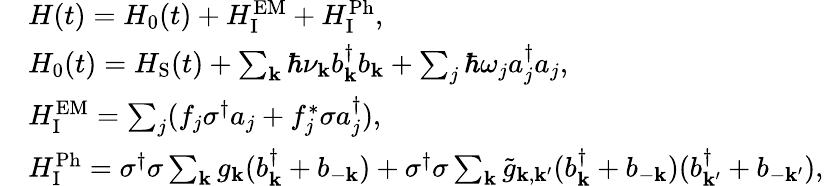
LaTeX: \begin{array}{rl}&{H(t)=H_{\mathrm{0}}(t)+H_{\mathrm{I}}^{\mathrm{EM}}+H_{\mathrm{I}}^{\mathrm{Ph}},}\\ &{H_{\mathrm{0}}(t)=H_{\mathrm{S}}(t)+\sum_{\mathbf{k}}\hbar\nu_{\mathbf{k}}b_{\mathbf{k}}^{\dagger}b_{\mathbf{k}}+\sum_{j}\hbar\omega_{j}a_{j}^{\dagger}a_{j},}\\ &{H_{\mathrm{I}}^{\mathrm{EM}}=\sum_{j}(f_{j}\sigma^{\dagger}a_{j}+f_{j}^{\ast}\sigma a_{j}^{\dagger}),}\\ &{H_{\mathrm{I}}^{\mathrm{Ph}}=\sigma^{\dagger}\sigma\sum_{\mathbf{k}}g_{\mathbf{k}}(b_{\mathbf{k}}^{\dagger}+b_{-\mathbf{k}})+\sigma^{\dagger}\sigma\sum_{\mathbf{k}}\tilde{g}_{\mathbf{k},\mathbf{k}^{\prime}}(b_{\mathbf{k}}^{\dagger}+b_{-\mathbf{k}})(b_{\mathbf{k}^{\prime}}^{\dagger}+b_{-\mathbf{k}^{\prime}}),}\end{array}